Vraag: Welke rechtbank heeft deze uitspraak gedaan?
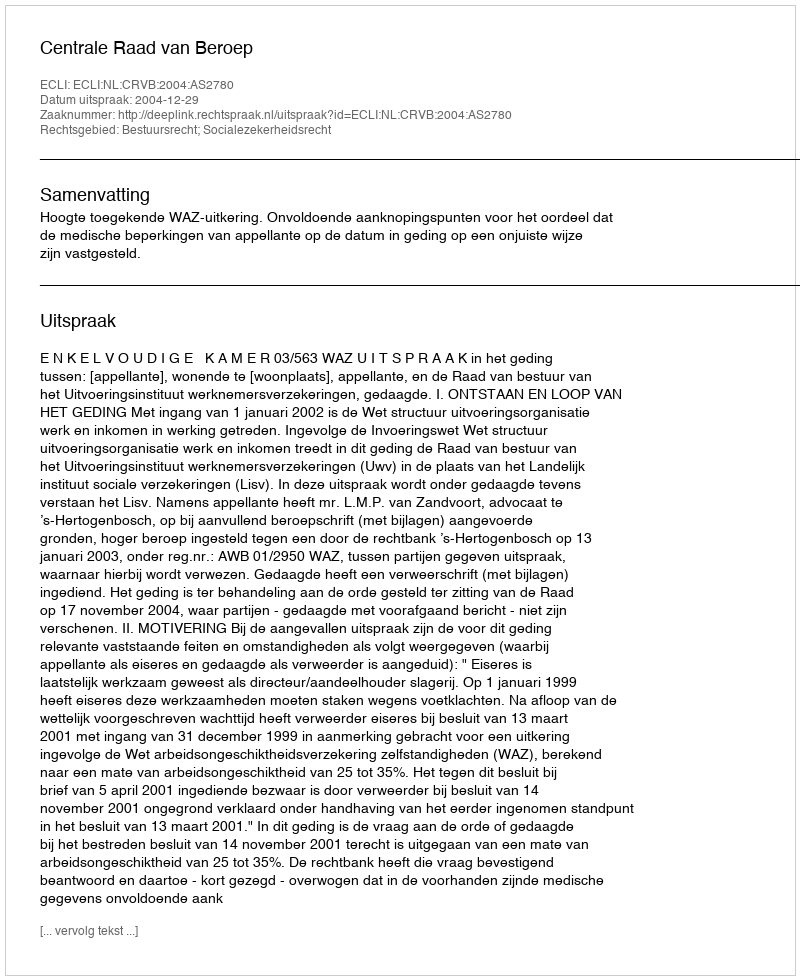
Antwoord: Centrale Raad van Beroep